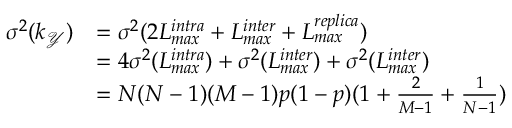
\begin{array} { r l } { \sigma ^ { 2 } ( k _ { \mathcal { Y } } ) } & { = \sigma ^ { 2 } ( 2 L _ { m a x } ^ { i n t r a } + L _ { m a x } ^ { i n t e r } + L _ { m a x } ^ { r e p l i c a } ) } \\ & { = 4 \sigma ^ { 2 } ( L _ { m a x } ^ { i n t r a } ) + \sigma ^ { 2 } ( L _ { m a x } ^ { i n t e r } ) + \sigma ^ { 2 } ( L _ { m a x } ^ { i n t e r } ) } \\ & { = N ( N - 1 ) ( M - 1 ) p ( 1 - p ) ( 1 + \frac { 2 } { M - 1 } + \frac { 1 } { N - 1 } ) } \end{array}